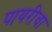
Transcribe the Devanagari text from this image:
पायरीचा